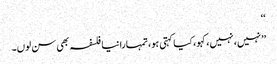
‘‘
’’نہیں، نہیں، کہو، کیا کہتی ہو، تمہارا نیا فلسفہ بھی سن لوں۔